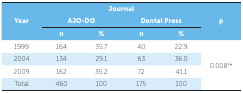
<table><thead><tr><td rowspan="3"><b>Year</b></td><td colspan="4"><b>Journal</b></td><td><b> </b></td></tr><tr><td colspan="2"><b>AJO-DO</b></td><td colspan="2"><b>Dental Press</b></td><td><b>p</b></td></tr><tr><td><b>n</b></td><td><b>%</b></td><td><b>n</b></td><td><b>%</b></td><td><b> </b></td></tr></thead><tbody><tr><td>1999</td><td>164</td><td>35.7</td><td>40</td><td>22.9</td><td rowspan="4">0.008<sup>1</sup>*</td></tr><tr><td>2004</td><td>134</td><td>29.1</td><td>63</td><td>36.0</td></tr><tr><td>2009</td><td>162</td><td>35.2</td><td>72</td><td>41.1</td></tr><tr><td>Total</td><td>460</td><td>100</td><td>175</td><td>100</td></tr></tbody></table>